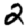
Digit: 2